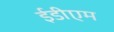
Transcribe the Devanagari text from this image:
ईडीएम